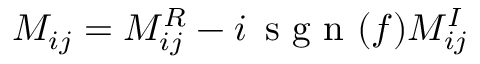
M _ { i j } = M _ { i j } ^ { R } - i \, \mathrm { ~ s ~ g ~ n ~ } ( f ) M _ { i j } ^ { I }